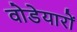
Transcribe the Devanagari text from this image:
वोडेयारों